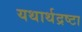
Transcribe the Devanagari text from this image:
यथार्थद्रष्टा